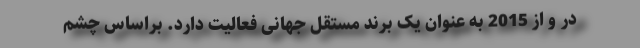
در و از 2015 به عنوان یک برند مستقل جهانی فعالیت دارد. براساس چشم